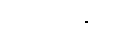
ကုသလသုတ်